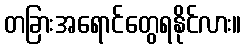
တခြားအရောင်တွေရနိုင်လား။